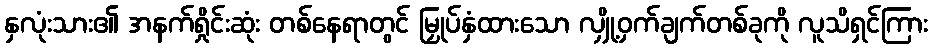
နှလုံးသား၏ အနက်ရှိုင်းဆုံး တစ်နေရာတွင် မြှုပ်နှံထားသော လျှို့ဝှက်ချက်တစ်ခုကို လူသိရှင်ကြား